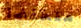
منخفضا